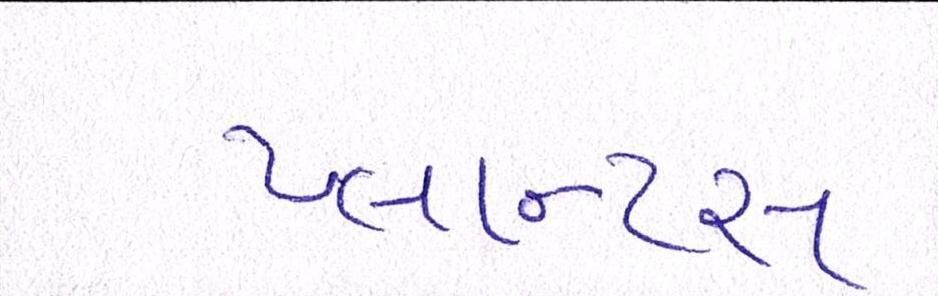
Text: પ્લાન્ટસ